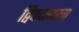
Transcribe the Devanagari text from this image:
द्विपदांबरम्